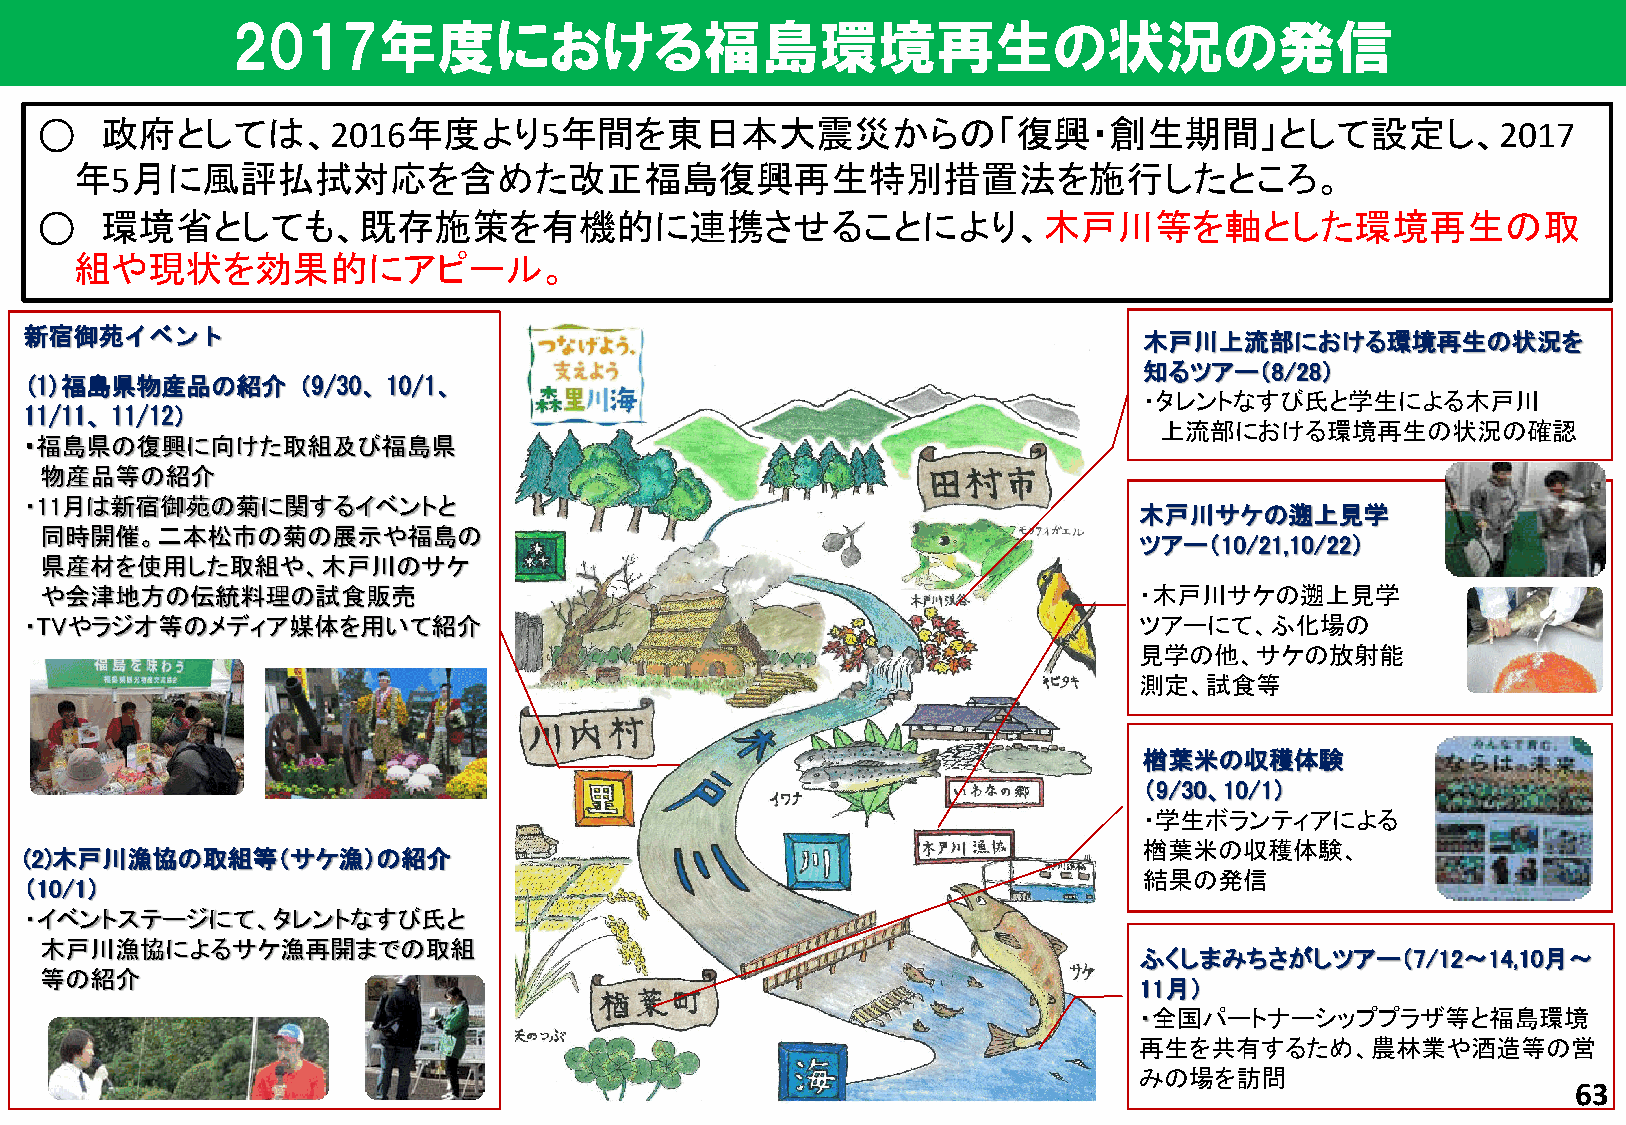
2017年度における福島環境再生の状況の発信
 ○   政府としては、2016年度より5年間を東日本大震災からの「復興・創生期間」として設定し、2017
 年5月に風評払拭対応を含めた改正福島復興再生特別措置法を施行したところ。
 ○   環境省としても、既存施策を有機的に連携させることにより、木戸川等を軸とした環境再生の取
 組や現状を効果的にアピール。
 新宿御苑イベント                                                                  木戸川上流部における環境再生の状況を
 知るツアー（8/28）
 (1)福島県物産品の紹介（9/30、10/1、
 ・タレントなすび氏と学生による木戸川
 11/11、11/12）
 上流部における環境再生の状況の確認
 ・福島県の復興に向けた取組及び福島県
 物産品等の紹介
 ・11月は新宿御苑の菊に関するイベントと
 木戸川サケの遡上見学
 同時開催。二本松市の菊の展示や福島の
 ツアー（10/21,10/22）
 県産材を使用した取組や、木戸川のサケ
 や会津地方の伝統料理の試食販売                                                         ・木戸川サケの遡上見学
 ・TVやラジオ等のメディア媒体を用いて紹介                                                    ツアーにて、ふ化場の
 見学の他、サケの放射能
 測定、試食等
 楢葉米の収穫体験
 （9/30、10/1）
 ・学生ボランティアによる
 楢葉米の収穫体験、
 (2)木戸川漁協の取組等（サケ漁）の紹介
 結果の発信
 （10/1）
 ・イベントステージにて、タレントなすび氏と
 木戸川漁協によるサケ漁再開までの取組
 ふくしまみちさがしツアー（7/12～14,10月～
 等の紹介
 11月）
 ・全国パートナーシッププラザ等と福島環境
 再生を共有するため、農林業や酒造等の営
 みの場を訪問
 63